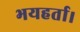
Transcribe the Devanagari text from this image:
भयहर्ता।